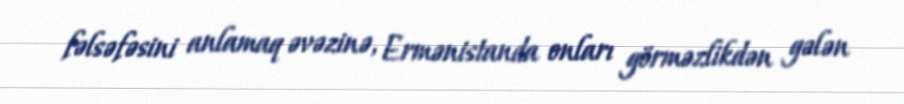
fəlsəfəsini anlamaq əvəzinə, Ermənistanda onları görməzlikdən gələn